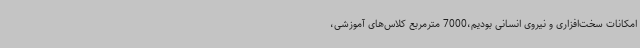
امکانات سخت‌افزاری و نیروی انسانی بودیم،7000 مترمربع کلاس‌های آموزشی،